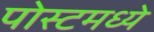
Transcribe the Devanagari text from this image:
पोस्टमध्ये